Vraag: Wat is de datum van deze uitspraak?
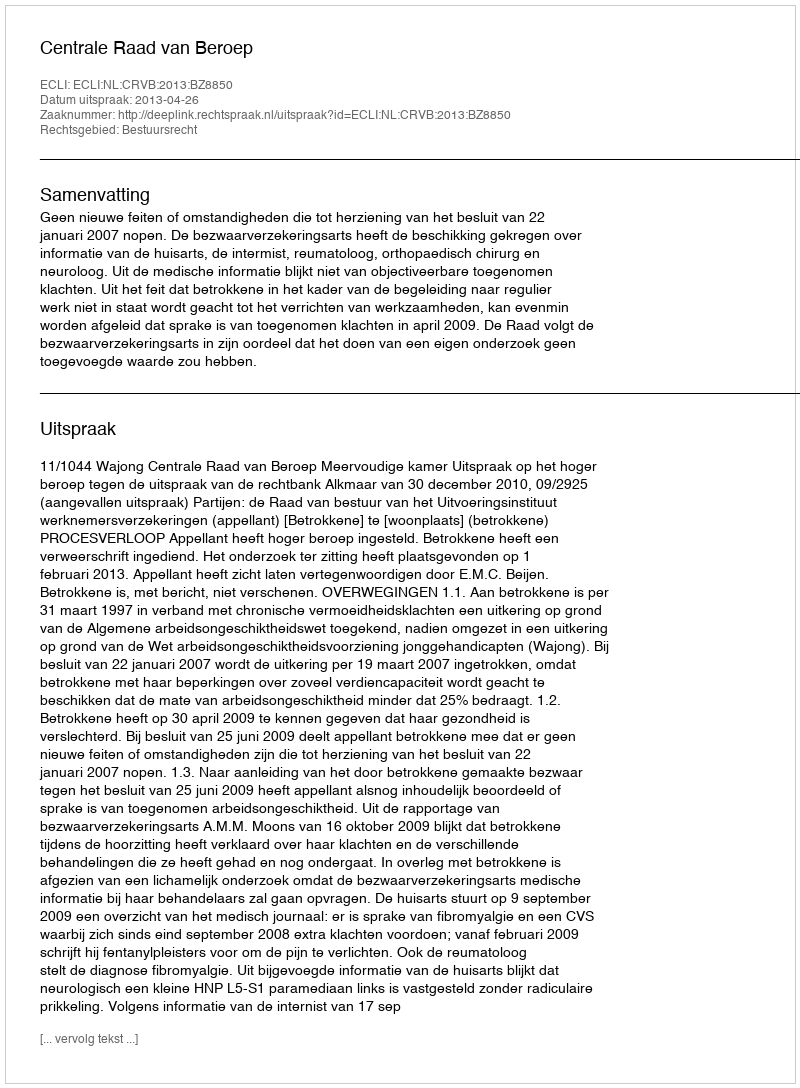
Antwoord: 2013-04-26